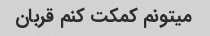
میتونم کمکت کنم قربان